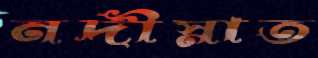
নদীস্নাত